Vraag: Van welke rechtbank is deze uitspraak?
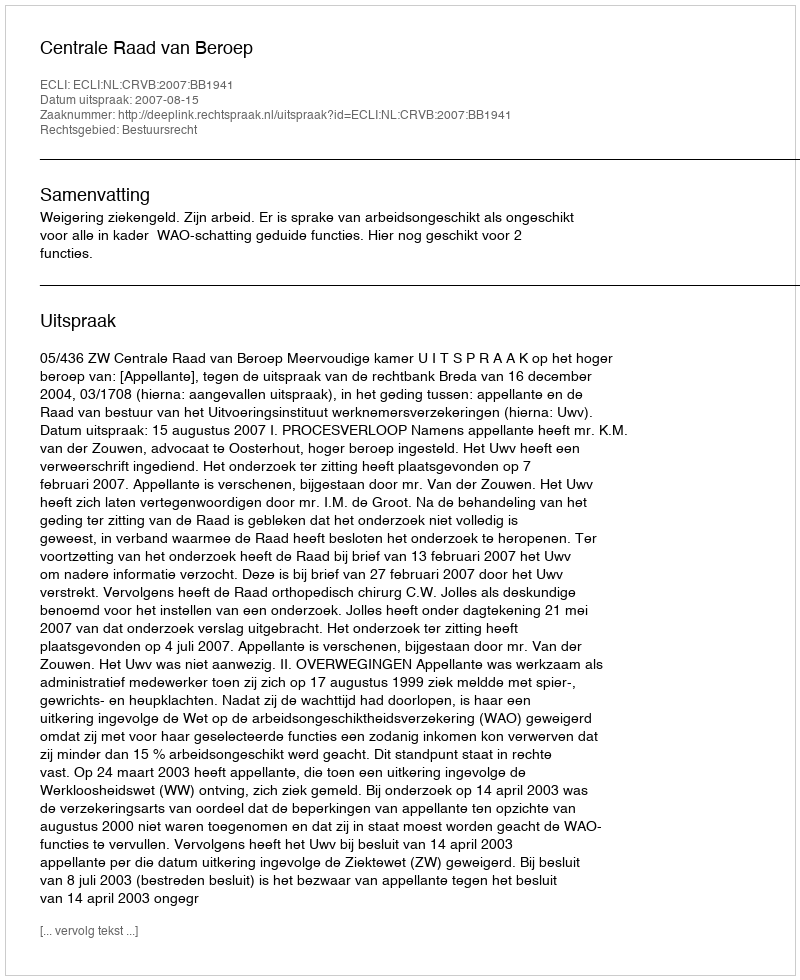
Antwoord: Centrale Raad van Beroep